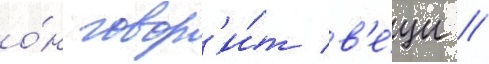
о́н говор'и́т в'е́щи /